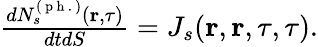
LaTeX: \begin{array}{r}{\frac{dN_{s}^{(\mathrm{~p~h~.~})}(\textbf{r},\tau)}{dtdS}=J_{s}(\textbf{r},\textbf{r},\tau,\tau).}\end{array}